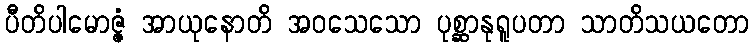
ပီတိပါမောဇ္ဇံ အာယုနောတိ အဝသေသော ပုစ္ဆာနုရူပတာ သာတိသယတော